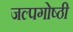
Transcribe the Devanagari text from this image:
जल्पगोष्ठी